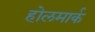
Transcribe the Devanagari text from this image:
होलमार्क